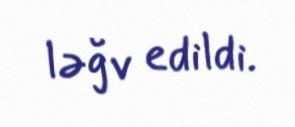
ləğv edildi.